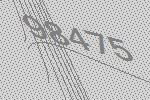
98475